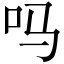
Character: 吗